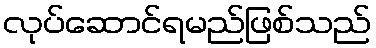
လုပ်ဆောင်ရမည်ဖြစ်သည်